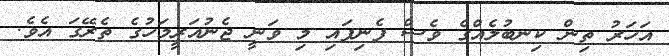
އަހަރު ތިން ކިނބުލެއްގެ ވެސް ފެނިފައި މި ވަނީ ޖެނުއަރީމަހުގެ ތެރޭގަ އެވެ.